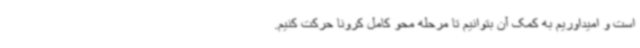
است و امیداوریم به کمک آن بتوانیم تا مرحله محو کامل کرونا حرکت کنیم.